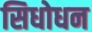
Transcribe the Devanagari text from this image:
सिधोधन